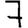
Digit: 7